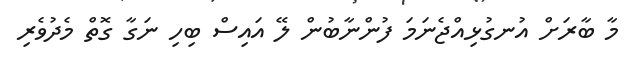
މާ ބާރަށް އުނގުޅިއްޖެނަމަ ފުންނާބުން ލޭ އައިސް ބިހި ނަގާ ގޮތް މެދުވެރި